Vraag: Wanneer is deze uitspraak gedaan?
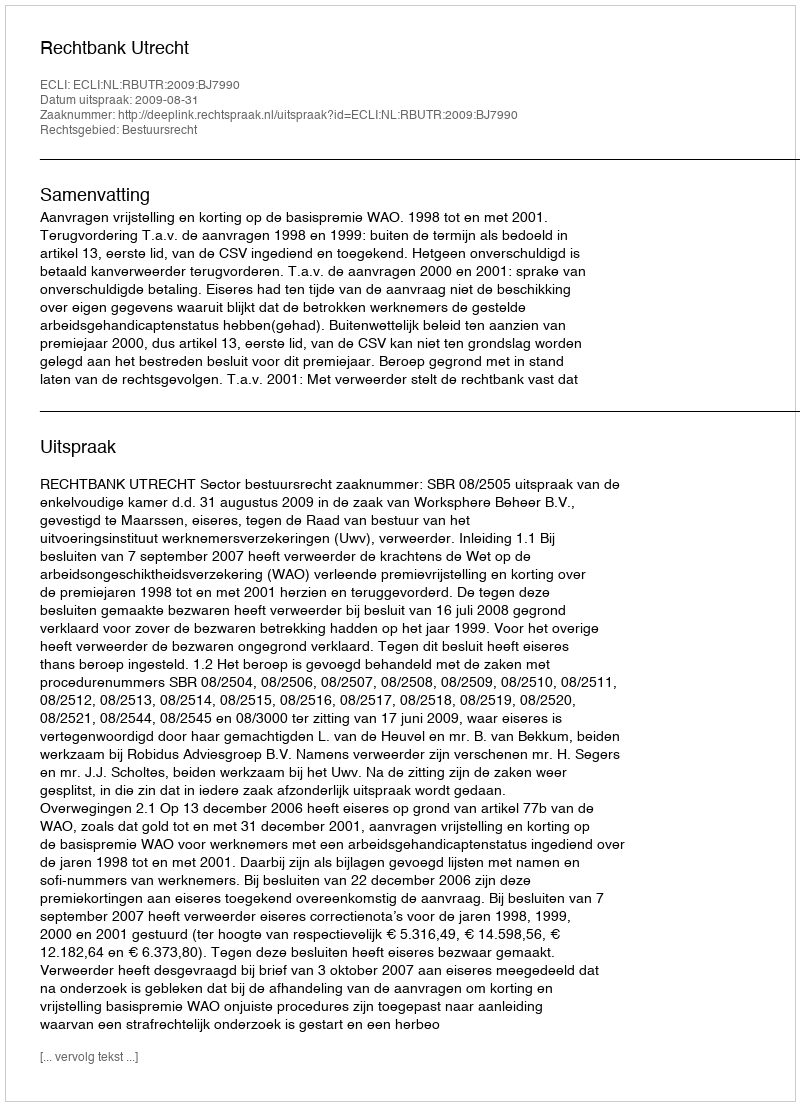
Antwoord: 2009-08-31